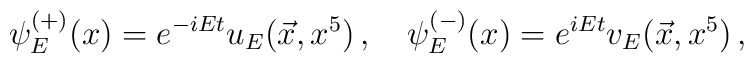
\psi_{E}^{(+)}(x)=e^{-iEt}u_{E}(\vec{x},x^{5})\,,\quad  \psi_{E}^{(-)}(x)=e^{iEt}v_{E}(\vec{x},x^{5})\,,